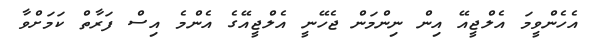
އެހެންވީމަ އެލްޖީއޭ އިން ނިންމަން ޖެހޭނީ އެލްޖީއޭގެ އެންމެ އިސް ފަރާތް ކަމަށްވާ